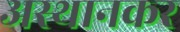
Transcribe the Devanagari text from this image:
अस्थानकर